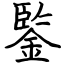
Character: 鍳